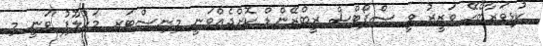
ކުޅިވަރާބެހޭ ވަޒީރު ވީ ސްޕޯޓްސް ރީބްރޭންޑް ކޮށްދެއްވަނީ މިނިސްޓަރ މަހުލޫފު ވަނީ މި